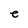
Character: e